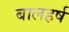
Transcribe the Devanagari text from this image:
बालहर्ष